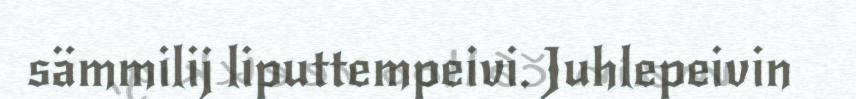
sämmilij liputtempeivi. Juhlepeivin